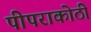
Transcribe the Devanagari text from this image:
पीपराकोठी